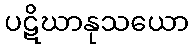
ပဋိဃာနုသယော